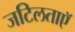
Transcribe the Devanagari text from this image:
जटिलताएॅ